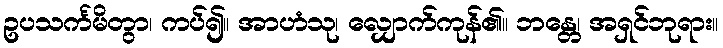
ဥပသင်္ကမိတွာ၊ ကပ်၍။ အာဟံသု၊ လျှောက်ကုန်၏။ ဘန္တေ၊ အရှင်ဘုရား။